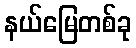
နယ်မြေတစ်ခု